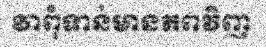
វាពុំទាន់មានភពវិញ